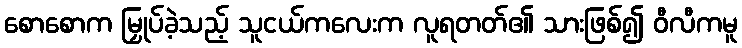
စောစောက မြှုပ်ခဲ့သည့် သူငယ်ကလေးက လူရတတ်၏ သားဖြစ်၍ ဝီလီကမူ